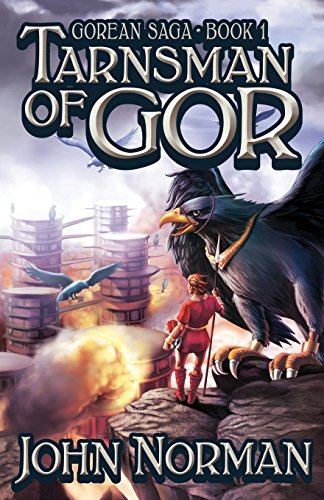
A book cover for Tarnsman of Gor (Gorean Saga); John Norman; Romance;